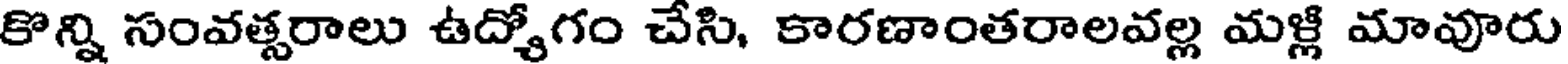
కొన్ని సంవత్సరాలు ఉద్యోగం చేసి, కారణాంతరాలవల్ల మళ్లి మావూరు